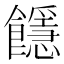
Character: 䭡